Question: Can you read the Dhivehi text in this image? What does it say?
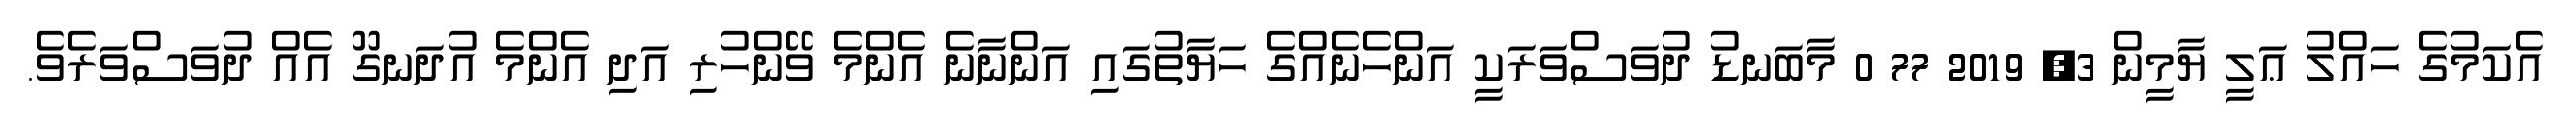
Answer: އެކަމުގެ ހައްލު ޢަލީ ޔާމީން 3, 2019 77 0 މާބަނޑު ދުވަސްވަރަކީ އަންހެނެއްގެ ހަޔާތުގައި އަންނާނެ އެންމެ ވޭންހުރި އަދި އެންމެ އުދަނގޫ އެއް ދުވަސްވަރެވެ.